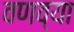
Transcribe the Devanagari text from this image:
वणव्या